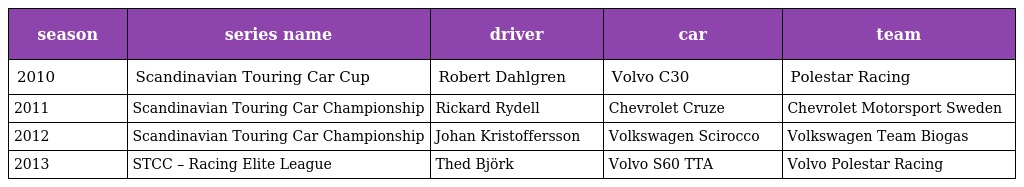
| season | series name | driver | car | team |
 | --- | --- | --- | --- | --- |
 | 2010 | Scandinavian Touring Car Cup | Robert Dahlgren | Volvo C30 | Polestar Racing |
 | 2011 | Scandinavian Touring Car Championship | Rickard Rydell | Chevrolet Cruze | Chevrolet Motorsport Sweden |
 | 2012 | Scandinavian Touring Car Championship | Johan Kristoffersson | Volkswagen Scirocco | Volkswagen Team Biogas |
 | 2013 | STCC – Racing Elite League | Thed Björk | Volvo S60 TTA | Volvo Polestar Racing |